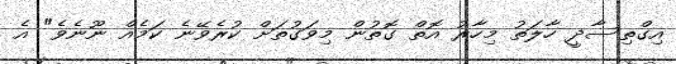
އިގްތިސާދީ ހާލަތު މިހާރު އޮތް ގޮތުން މިވަގުތަށް ކުރެވޭނެ ކަމެއް ނޫނެވެ" އެ